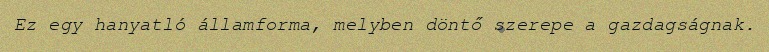
Ez egy hanyatló államforma, melyben döntő szerepe a gazdagságnak.